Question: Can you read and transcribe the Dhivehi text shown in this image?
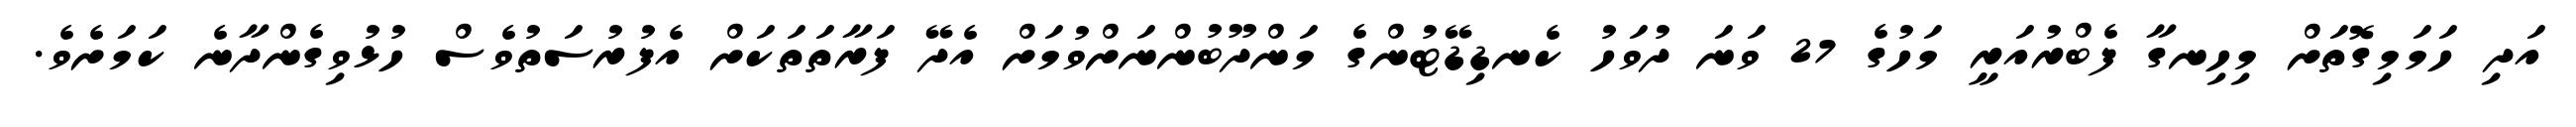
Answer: އަދި ހަމަމިގޮތަށް މިހިނގާ ފެބްރުއަރީ މަހުގެ 27 ވަނަ ދުވަހު ކެނޑިޑޭޓުންގެ މަންދޫބުންނަށްވުމަށް އެދޭ ފަރާތަތަކަށް އެފުރުސަތުވެސް ހުޅުވިގެންދާނެ ކަމަށެވެ.